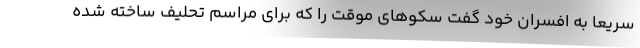
سریعا به افسران خود گفت سکوهای موقت را که برای مراسم تحلیف ساخته شده